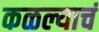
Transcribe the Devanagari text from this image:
कळल्याचं